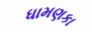
ધામણકા